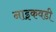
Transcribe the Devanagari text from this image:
नाइकवडी